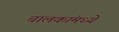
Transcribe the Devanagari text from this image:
चालकांमध्ये